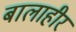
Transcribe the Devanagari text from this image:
बालाहीर